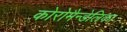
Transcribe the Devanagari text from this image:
कोरोमैन्डेलिका